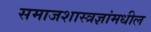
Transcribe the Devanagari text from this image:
समाजशास्त्रज्ञांमधील